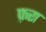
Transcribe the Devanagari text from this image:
फ़रा